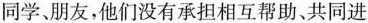
同学、朋友，他们没有承担相互帮助、共同进